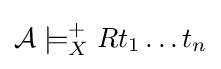
{\mathcal {A}}\models _{X}^{+}Rt_{1}\ldots t_{n}